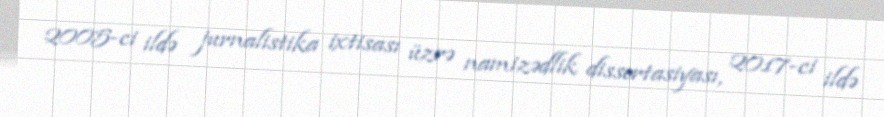
2005-ci ildə jurnalistika ixtisası üzrə namizədlik dissertasiyası, 2017-ci ildə